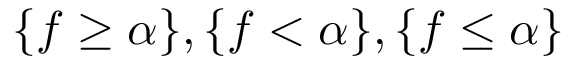
\{ f \geq \alpha \} , \{ f < \alpha \} , \{ f \leq \alpha \}